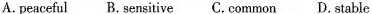
A. peaceful B. Sensitive C. Common D. Stable